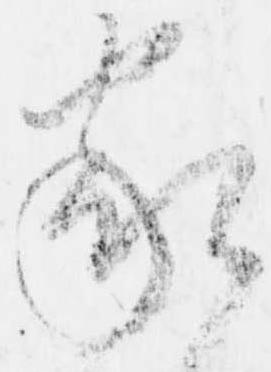
家